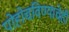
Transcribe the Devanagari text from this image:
पोहोचविण्याचेही